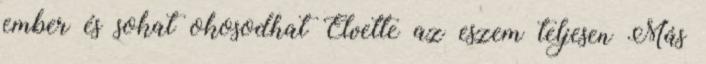
ember és sokat okosodhat Elvette az eszem teljesen Más